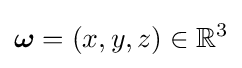
{\boldsymbol {\omega }}=(x,y,z)\in \mathbb {R} ^{3}